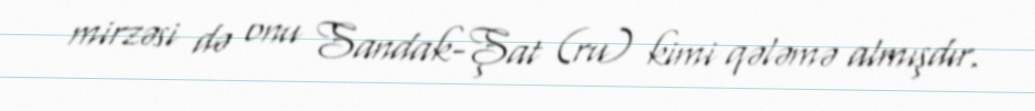
mirzəsi də onu Sandak-Şat (ru) kimi qələmə almışdır.